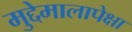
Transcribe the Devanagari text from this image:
मुद्देमालापेक्षा